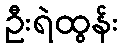
ဦးရဲထွန်း